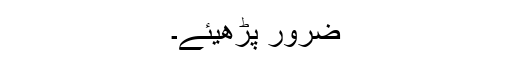
ضرور پڑھیئے۔